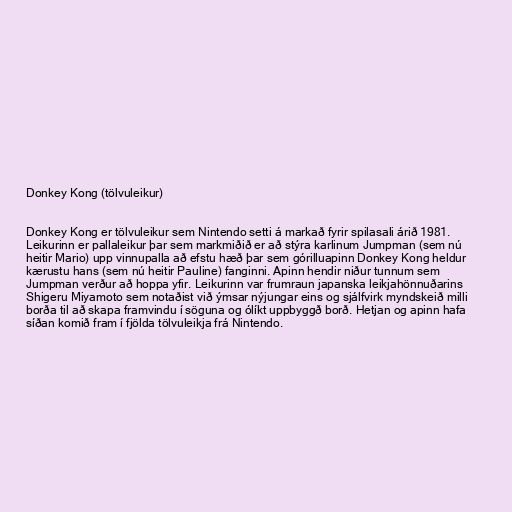
Donkey Kong (tölvuleikur)

Donkey Kong er tölvuleikur sem Nintendo setti á markað fyrir spilasali árið 1981.
Leikurinn er pallaleikur þar sem markmiðið er að stýra karlinum Jumpman (sem nú
heitir Mario) upp vinnupalla að efstu hæð þar sem górilluapinn Donkey Kong heldur
kærustu hans (sem nú heitir Pauline) fanginni. Apinn hendir niður tunnum sem
Jumpman verður að hoppa yfir. Leikurinn var frumraun japanska leikjahönnuðarins
Shigeru Miyamoto sem notaðist við ýmsar nýjungar eins og sjálfvirk myndskeið milli
borða til að skapa framvindu í söguna og ólíkt uppbyggð borð. Hetjan og apinn hafa
síðan komið fram í fjölda tölvuleikja frá Nintendo.